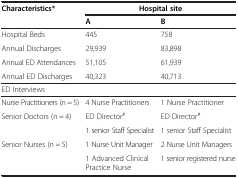
| Characteristics* | <COLSPAN=2> Hospital site |
 |  | A | B |
 | --- | --- | --- |
 | Hospital Beds | 445 | 758 |
 | Annual Discharges | 29,939 | 83,898 |
 | Annual ED Attendances | 51,105 | 61,939 |
 | Annual ED Discharges | 40,323 | 40,713 |
 | <COLSPAN=3> ED Interviews |
 | Nurse Practitioners (n = 5) | 4 Nurse Practitioners | 1 Nurse Practitioner |
 | <ROWSPAN=2> Senior Doctors (n = 4) | ED Director# | ED Director# |
 | 1 senior Staff Specialist | 1 senior Staff Specialist |
 | Senior Nurses (n = 5) | 1 Nurse Unit Manager | 2 Nurse Unit Managers |
 |  | 1 Advanced Clinical Practice Nurse | 1 senior registered nurse |